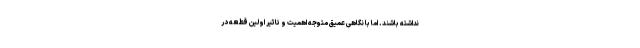
نداشته باشند. اما با نگاهی عمیق متوجه اهمیت و تاثیر اولین قطعه در